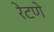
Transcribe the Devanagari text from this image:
रेटणे